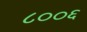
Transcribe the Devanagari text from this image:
८००६